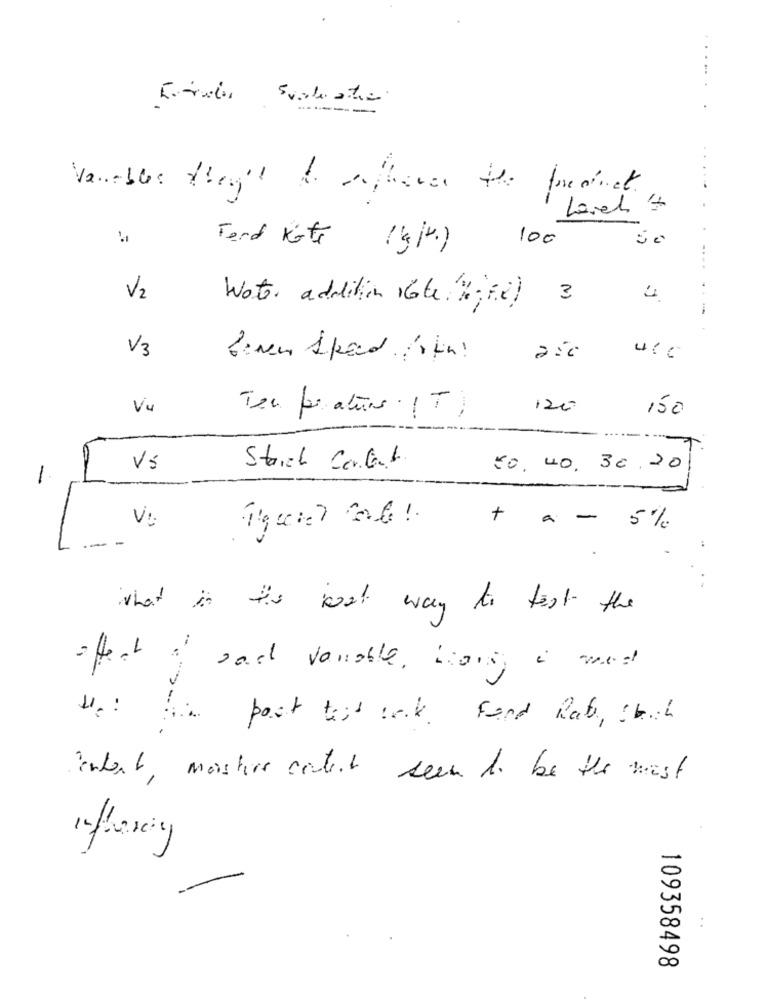
Variables thought to afters the
-
Love 'I
100
Ford Kote
-...
V2
Water addition 16te 2,70)
3
4
.-
V3
Vi
120
150
Tem pr atures (T)
---
a
Ví
Strich Conat
50. 40. 30.20
1
Vi
+ a - 5%
what is is best way to test the
offent of rad variable, Hiding i med
Ho: Wie post test tak. Fond Rab, obich
intent , masters content seem to be the most
109358498